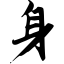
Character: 身